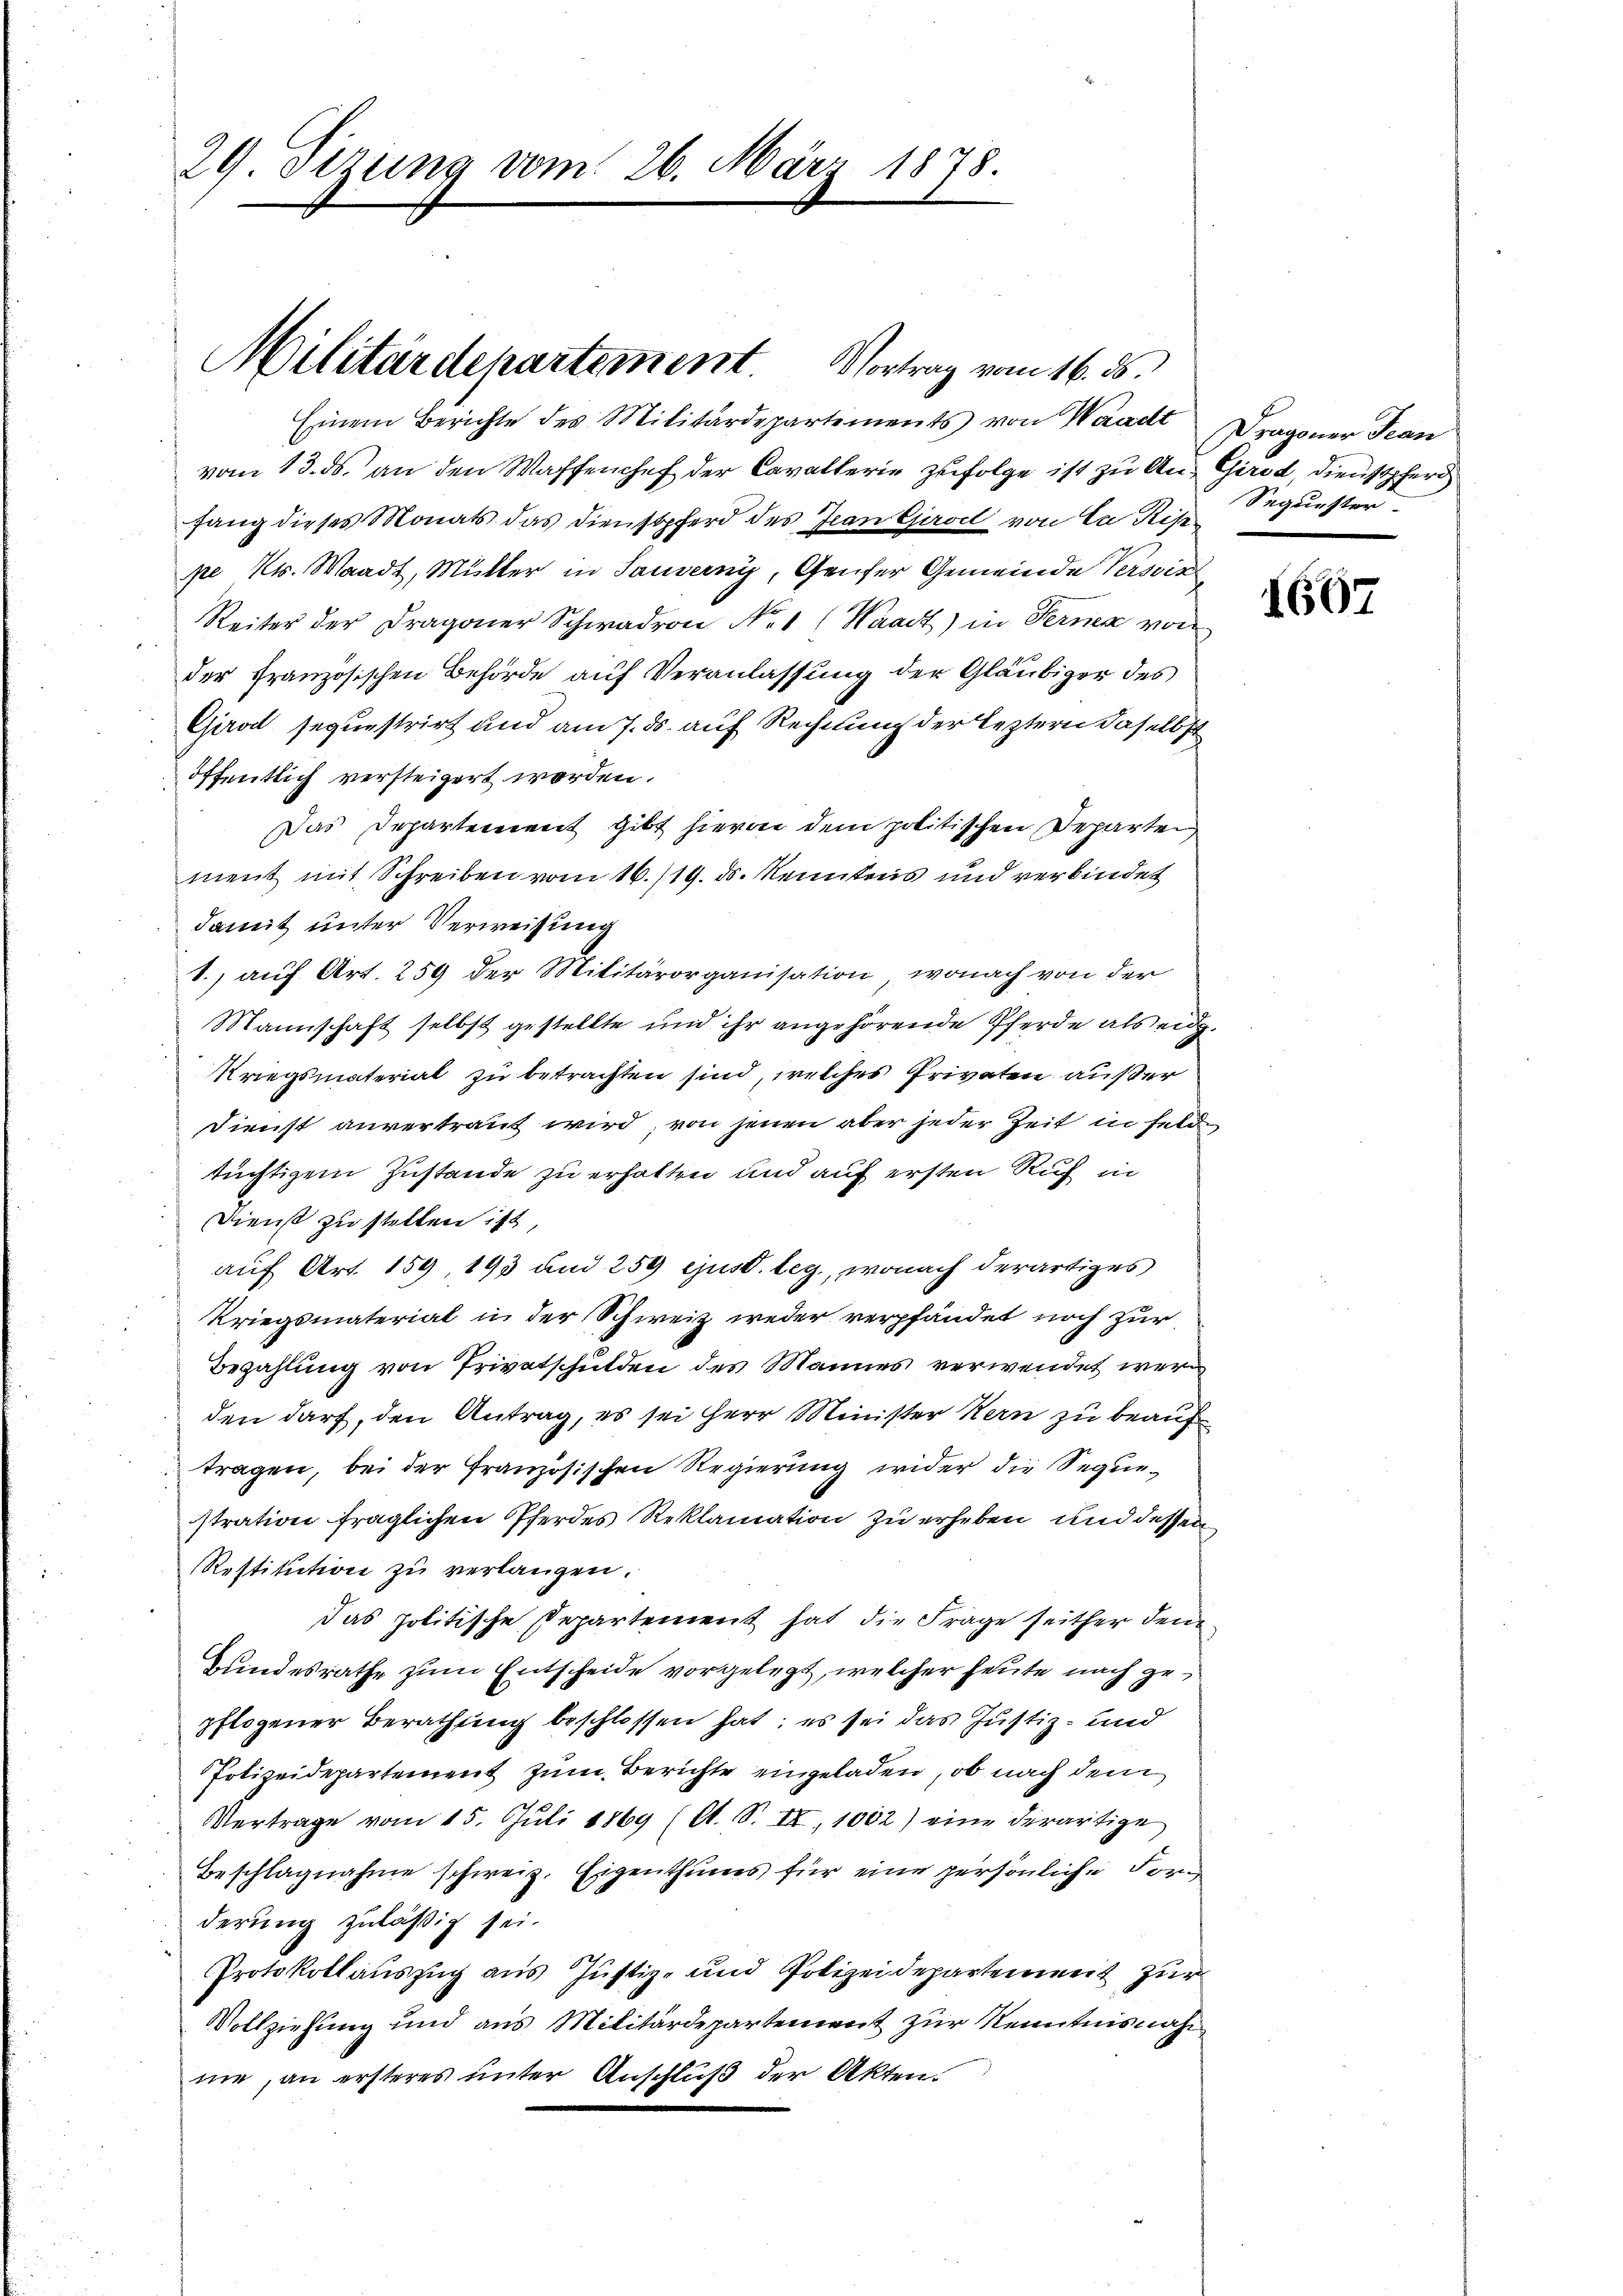
29 Sizung vom 26. März 1878.

Militärdepartement. Vortrag vom 16. ds.

Einem Berichte des Militärdepartements von Waadt Dragoner Jean
vom 13. ds. an den Waffenchef der Cavallerie zufolge ist zu An- Girod Dienstpferd
fang dieses Monats das Dienstpferd des Jeanspract von In Rise
pe Kt. Waadt, Mutter in Sauverny, Genfer Gemeinde Versic
Reiter der Dragoner Schwadron Nr. 1 (Waadt) in Ferner von
der Französischen Behörde auf Veranlassung der Gläubiger des
Girod sequestrirt und am 7. ds. auf Rechnung der leztern daselbst
öffentlich versteigert worden.
Das Departement gibt hievon dem politischen Departen
ment mit Schreiben vom 16./19. ds. Kenntens und verbindet
damit unter Verweisung
1.) auf Art. 259 der Militärorganisation, wonach von der
Mannschaft selbst gestellte und ihr angehörende Pferde als eidg.
Kriegsmaterial zu betrachten sind, welches Privaten außer
Dienst anvertraut wird, von jenen aber jeder Zeit in Feld
tüchtigem Zustande zu erhalten und auf ersten Ruf in
Dienst zu stellen ist,
auf Art. 159 193 und 259 ejusd. leg., wonach derartiges
Kriegsmaterial in der Schweiz weder verpfändet noch zur
Bezahlung von Privatschulden des Mannes verwendet werden darf, den Antrag, es sei Herr Minister Kern zu beauftragen, bei der französischen Regierung wider die Sequestration fraglichen Pferdes Reklamation zu erheben, und dessen
Restitution zu verlangen.
das politische Departement hat die Frage seither den
Bundesrathe zum Entscheide vorgelegt, welcher heute nach gepflogener Berathung beschlossen hat; es sei das Justiz- und
Polizeidepartement zum Berichte eingeladen, ob nach dem
Vertrage vom 15. Juli 1869 (lt. S. II, 1002) eine derartige
Beschlagnahme schweiz. Eigenthums für eine persönliche Forderung zuläßig sei.
Protokollauszug aus Justiz- und Polizeidepartement zur
Vollziehung und aus Militärdepartement zur Kenntnisnah
ne, an ersteres unter Anschluß der Akten.

Sequester

1607